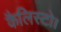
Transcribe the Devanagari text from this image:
कैलिस्टो।